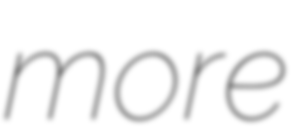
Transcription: more